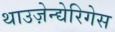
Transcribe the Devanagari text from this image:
थाउज़ेन्द्येरिगेस